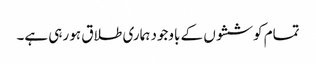
تمام کوششوں کے باوجود ہماری طلاق ہو رہی ہے۔